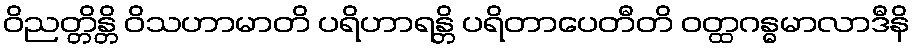
ဝိညတ္တိန္တိ ဝိသဟာမာတိ ပရိဟာရန္တိ ပရိတာပေတီတိ ဝတ္ထဂန္ဓမာလာဒီနိ